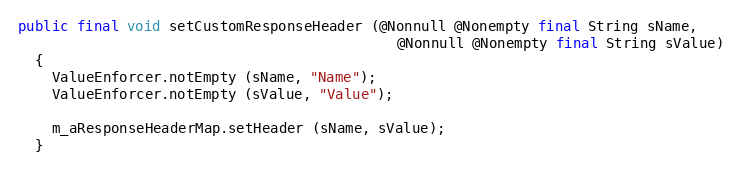
Language: Java
public final void setCustomResponseHeader (@Nonnull @Nonempty final String sName,
                                             @Nonnull @Nonempty final String sValue)
  {
    ValueEnforcer.notEmpty (sName, "Name");
    ValueEnforcer.notEmpty (sValue, "Value");

    m_aResponseHeaderMap.setHeader (sName, sValue);
  }